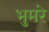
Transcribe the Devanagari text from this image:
भुमरे